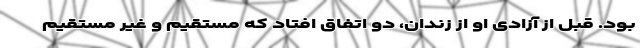
بود. قبل از آزادی او از زندان، دو اتفاق افتاد که مستقیم و غیر مستقیم